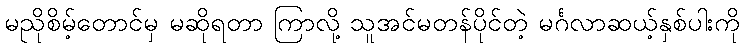
မညိုစိမ့်တောင်မှ မဆိုရတာ ကြာလို့ သူအင်မတန်ပိုင်တဲ့ မင်္ဂလာဆယ့်နှစ်ပါးကို